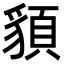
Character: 䫉